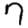
Digit: 7